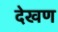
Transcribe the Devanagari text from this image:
देखण